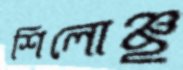
শিলোঞ্ছ